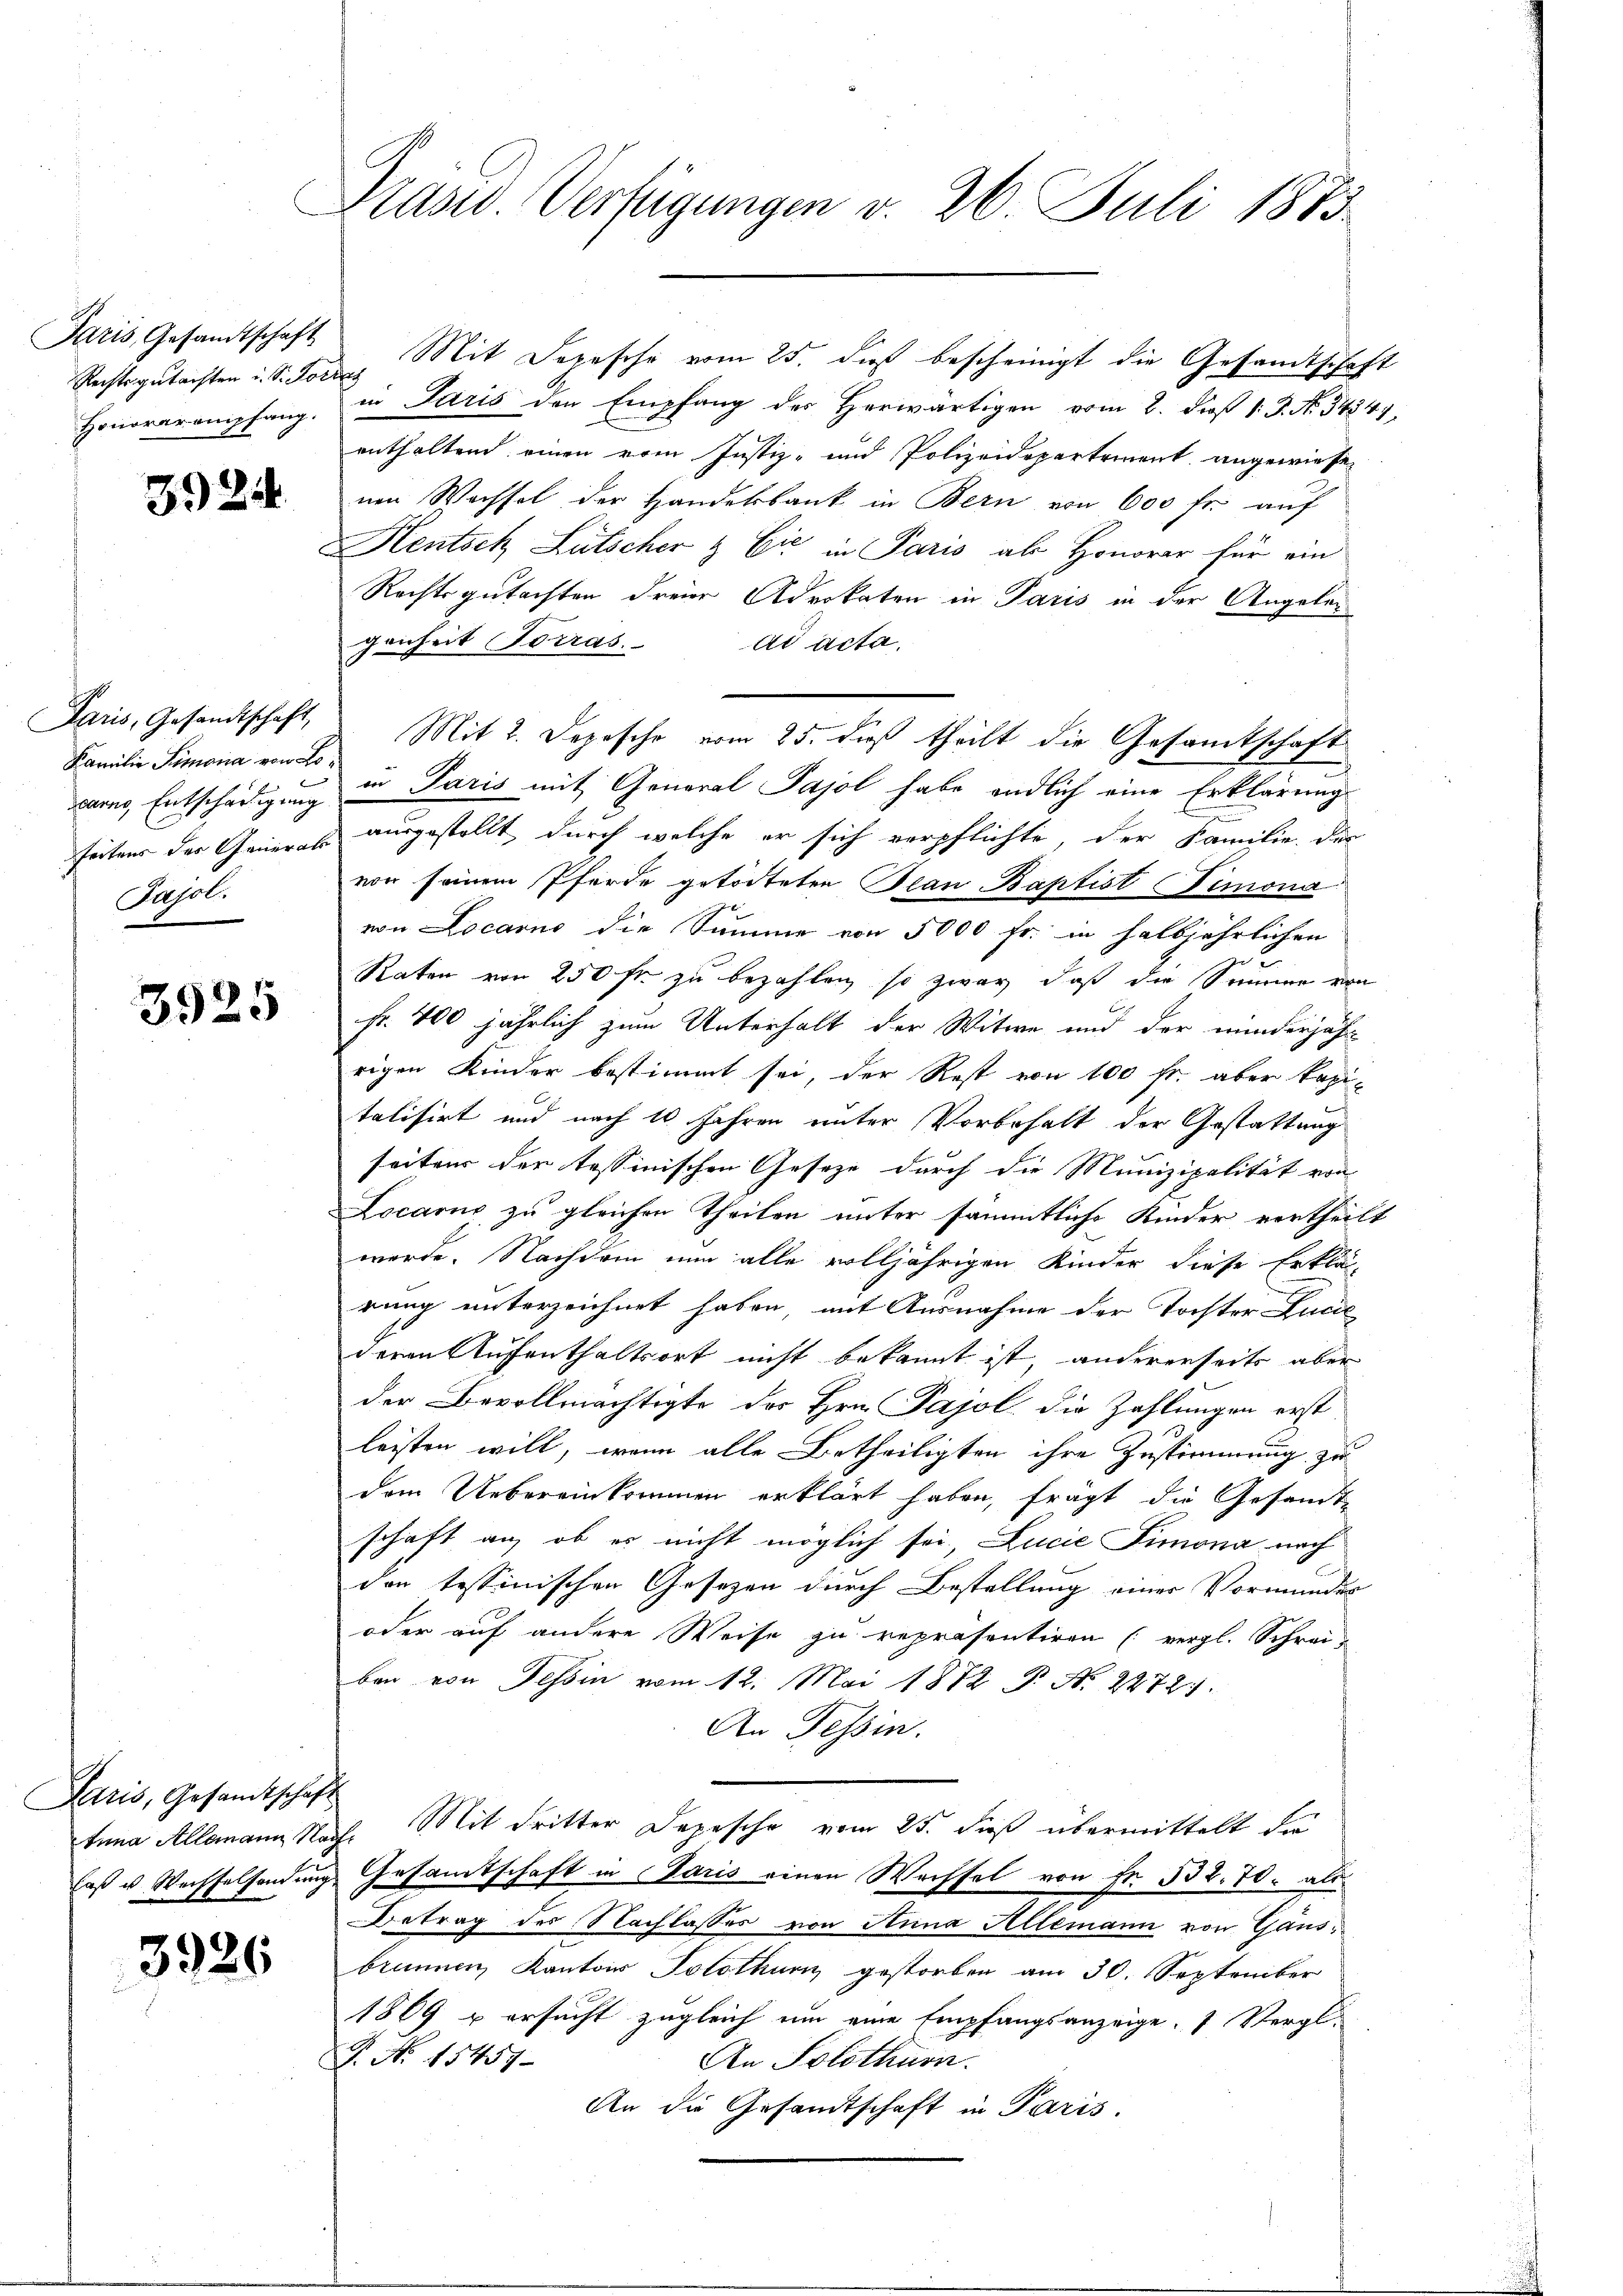
Paris, Gesandtschaft
Honorarempfang.

3924

Paris, Gesandtschaft,
Familie Simonia von Lodearns, Entschädigung
Papol.

3925

Paris, Gesamtschaft

3926

Präsid. Verfügungen v. 26. Juli 1873.

Rechtsgutachten u. S. Jonen Mit Depesche vom 25. dieß bescheinigt die Gesandtschaft
in Paris den Empfang des Herwärtigen vom 2. daß 1. J. No. 34341,
enthaltend einen vom Justiz- und Polizeidepartement angewiese
nen Wachsel der Handelbank in Bern von 600 fr. auf
Hentsch Lütscher & Eić in Paris als Honorar für ein
Rechtsgutachten dreier Advokaten in Paris in der Angelei
genheit Ferras. ad acta.
in Paris mit General Sajol habe endlich eine Erklärung
feitens der Gener ausgestellt, durch welche er sich verpflichte, der Familie, der
von seinem Pferde getödteten Bean Baptist (Timona
von Locarno die Summe von 5000 fr. in halbjährlichen
Raten von 250 fr. zu bezahlen, so zwar daß die Summe von
Fr. 400 jährlich zum Unterhalt der Witwe und der minderjähr
rigen Kinder bestimmt sei, der Rest von 100 fr. aber kapi-
talisirt und nach 10 Jahren unter Vorbehalt der Gestattung
seitens der tessinischen Gesetze durch die Munizipalität von
Locarii zu gleichen Theilen unter sämmtliche Kinder vertheilt
werde. Nachdem nun alle volljährigen Kinder diese Erklär
rung unterzeichnet haben, mit Ausnahme der Torster Lucie
deren Aufenthaltsort nicht bekannt ist, andererseits aber
der Bevollmächtigte des Hrn. Pajol die Zahlungen erst
leisten will, wenn alle Betheiligten ihre Zustimmung zu
dem Uebereinkommen erklärt haben, frägt die Gesandt-
schaft an, ob es nicht möglich sei, Lucie Simona nach
der tessinischen Gesetzen durch Bestellung einer Vormundes
oder auf andere Weise zu repräsentiren (vergl. Schrei-
ben von Tessin vom 12. Mai 1872 P. N. 2272.
An Tessin.
tuna Allemann Nach. Mit dritter Depesche vom 25. dieß übermittelt de
laß u. Wechselsendung Gesamtschaft in Paris einen Wechsel von Fr. 532. 70. als
Betrag des Nachlasses von Anna Allemann von Gänsbrunnen, Kantons Solothur gestorben am 30. September
1809 u ersucht zugleich um eine Empfangsanzeige Vergl.
P. No 15457
An Solothurn.
An die Gesandtschaft in Paris.

Mit 2. Depesche vom 25. daß theilt die Gesamtschaft